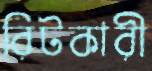
রিটকারী